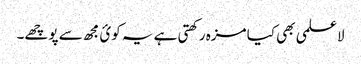
لاعلمی بھی کیا مزہ رکھتی ہے یہ کوئ مجھ سے پوچھے۔